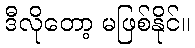
ဒီလိုတော့ မဖြစ်နိုင်။